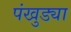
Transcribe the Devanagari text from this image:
पंखुड्या